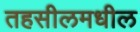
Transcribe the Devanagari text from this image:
तहसीलमधील